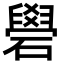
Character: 礐